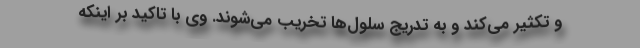
و تکثیر می‌کند و به تدریج سلول‌ها تخریب می‌شوند. وی با تاکید بر اینکه